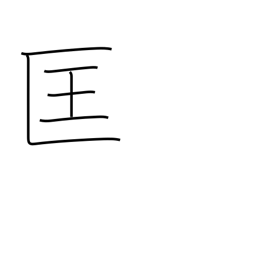
Meaning: correct